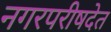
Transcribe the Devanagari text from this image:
नगरपरीषदेत